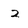
Character: 2